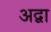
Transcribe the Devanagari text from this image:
अद्वा